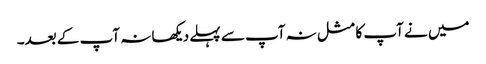
میں نے آپ کا مثل نہ آپ سے پہلے دیکھا نہ آپ کے بعد۔